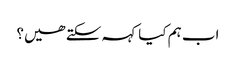
اب ہم کیا کہہ سکتے ھیں؟